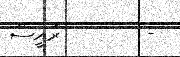
-        ރައީސް